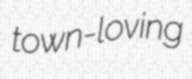
town-loving